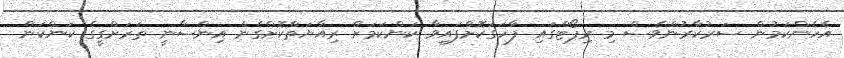
އެހެންކަމުން ސަރުކާރުންވެސް މި ރިޕޯޓްގައި ފާހަގަކޮށްފައިވާ ކަންކަމަށް ރިއާޔަތްކޮށްގެން އިންސާނީ ތަރަށްގީގެ ކަންކަން